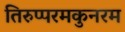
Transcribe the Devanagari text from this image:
तिरुप्परमकुनरम